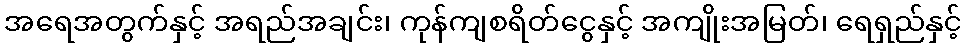
အရေအတွက်နှင့် အရည်အချင်း၊ ကုန်ကျစရိတ်ငွေနှင့် အကျိုးအမြတ်၊ ရေရှည်နှင့်